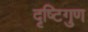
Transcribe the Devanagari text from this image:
दृष्टिगुण